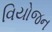
વિયોજન